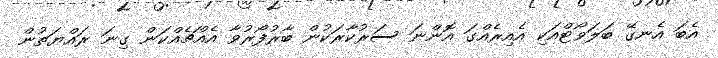
އެބަ އެނގޭ ބަލަވޯޓްއަކި އެއިރެއްގަ އޮންނަ ސަރުކާރަކުން ބާރުފޯރުވާ އެއްޗެއްކަން ގިނަ ރައްޔަތުން